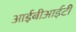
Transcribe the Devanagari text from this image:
आईबीआईटी